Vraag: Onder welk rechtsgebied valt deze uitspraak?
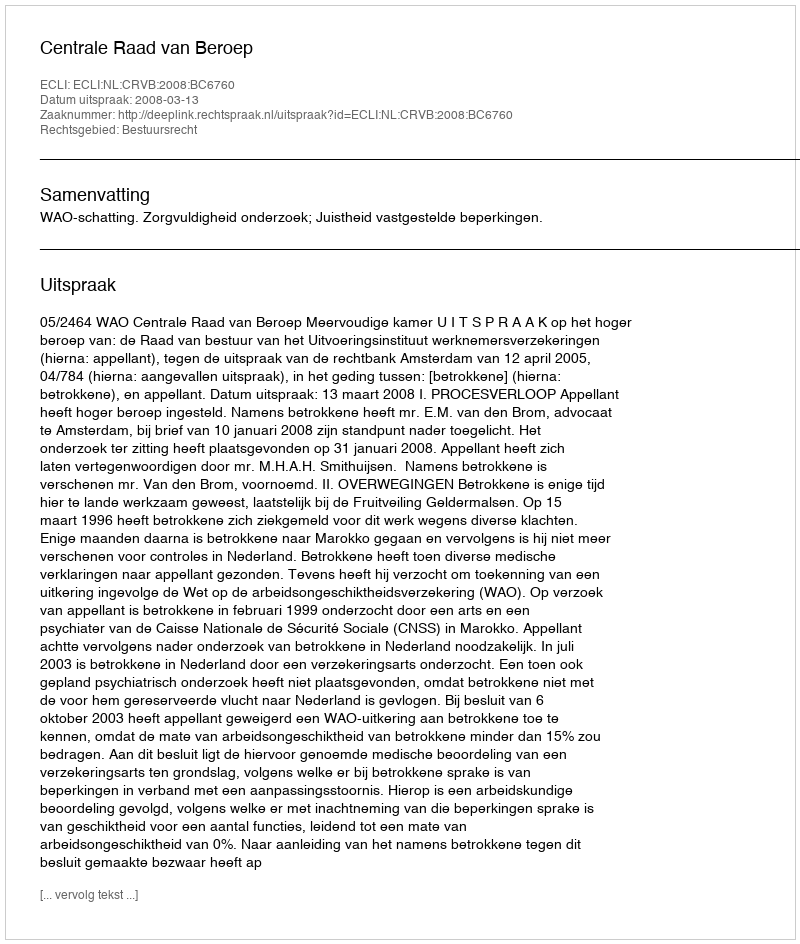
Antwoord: Bestuursrecht